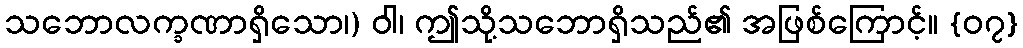
သဘောလက္ခဏာရှိသော၊) ဝါ၊ ဤသို့သဘောရှိသည်၏ အဖြစ်ကြောင့်။ {၀၇}